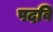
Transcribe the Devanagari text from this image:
पदवि